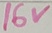
Text: 16V